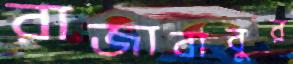
রাজাবাবুর